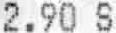
2.90 S